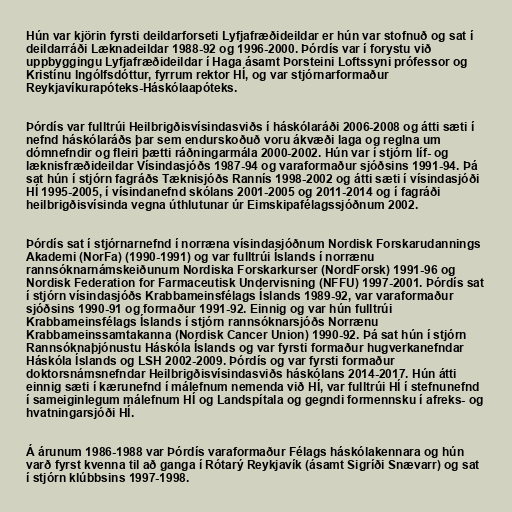
Hún var kjörin fyrsti deildarforseti Lyfjafræðideildar er hún var stofnuð og sat í
deildarráði Læknadeildar 1988-92 og 1996-2000. Þórdís var í forystu við
uppbyggingu Lyfjafræðideildar í Haga ásamt Þorsteini Loftssyni prófessor og
Kristínu Ingólfsdóttur, fyrrum rektor HÍ, og var stjórnarformaður
Reykjavíkurapóteks-Háskólaapóteks.

Þórdís var fulltrúi Heilbrigðisvísindasviðs í háskólaráði 2006-2008 og átti sæti í
nefnd háskólaráðs þar sem endurskoðuð voru ákvæði laga og reglna um
dómnefndir og fleiri þætti ráðningarmála 2000-2002. Hún var í stjórn líf- og
læknisfræðideildar Vísindasjóðs 1987-94 og varaformaður sjóðsins 1991-94. Þá
sat hún í stjórn fagráðs Tæknisjóðs Rannís 1998-2002 og átti sæti í vísindasjóði
HÍ 1995-2005, í vísindanefnd skólans 2001-2005 og 2011-2014 og í fagráði
heilbrigðisvísinda vegna úthlutunar úr Eimskipafélagssjóðnum 2002.

Þórdís sat í stjórnarnefnd í norræna vísindasjóðnum Nordisk Forskarudannings
Akademi (NorFa) (1990-1991) og var fulltrúi Íslands í norrænu
rannsóknarnámskeiðunum Nordiska Forskarkurser (NordForsk) 1991-96 og
Nordisk Federation for Farmaceutisk Undervisning (NFFU) 1997-2001. Þórdís sat
í stjórn vísindasjóðs Krabbameinsfélags Íslands 1989-92, var varaformaður
sjóðsins 1990-91 og formaður 1991-92. Einnig og var hún fulltrúi
Krabbameinsfélags Íslands í stjórn rannsóknarsjóðs Norrænu
Krabbameinssamtakanna (Nordisk Cancer Union) 1990-92. Þá sat hún í stjórn
Rannsóknaþjónustu Háskóla Íslands og var fyrsti formaður hugverkanefndar
Háskóla Íslands og LSH 2002-2009. Þórdís og var fyrsti formaður
doktorsnámsnefndar Heilbrigðisvísindasviðs háskólans 2014-2017. Hún átti
einnig sæti í kærunefnd í málefnum nemenda við HÍ, var fulltrúi HÍ í stefnunefnd
í sameiginlegum málefnum HÍ og Landspítala og gegndi formennsku í afreks- og
hvatningarsjóði HÍ.

Á árunum 1986-1988 var Þórdís varaformaður Félags háskólakennara og hún
varð fyrst kvenna til að ganga í Rótarý Reykjavík (ásamt Sigríði Snævarr) og sat
í stjórn klúbbsins 1997-1998.